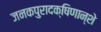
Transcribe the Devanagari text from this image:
जनकपुरादक्षिणान्शे